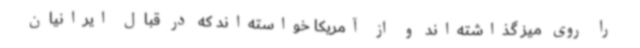
را روی میز گذاشته‌اند و از آمریکا خواسته‌اند که در قبال ایرانیان